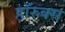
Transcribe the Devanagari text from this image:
हॉरुक्स